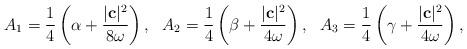
LaTeX: \begin{align*}A_1=\frac{1}{4}\left(\alpha +\frac{|\mathbf{c}|^2}{8\omega}\right),\ \ A_2=\frac{1}{4}\left(\beta +\frac{|\mathbf{c}|^2}{4\omega}\right),\ \ A_3=\frac{1}{4}\left(\gamma +\frac{|\mathbf{c}|^2}{4\omega}\right),\end{align*}